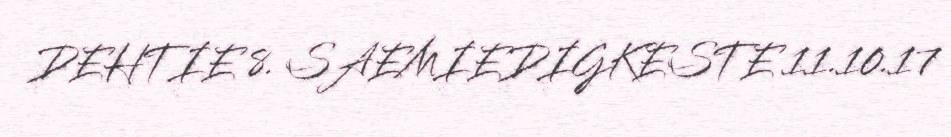
DEHTIE 8. SAEMIEDIGKESTE 11.10.17